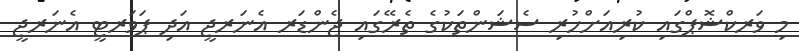
މި ވަރކްޝޮޕްގައި ކުރިއަށްހުރި ސެޝަންތަކުގެ ތެރޭގައި ޖެންޑަރ އެނަރޖީ އަދި ޕަވަރޓީ އެނަރޖީ